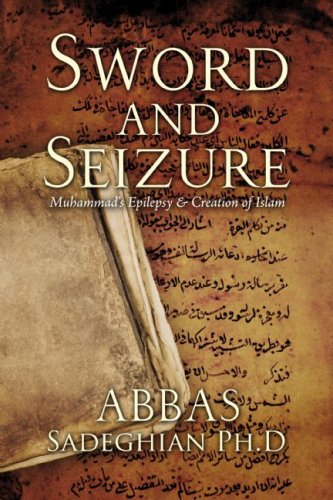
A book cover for Sword & Seizure: Muhammad's Epilepsy & Creation of Islam; Abbas Sadeghian; Health, Fitness & Dieting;